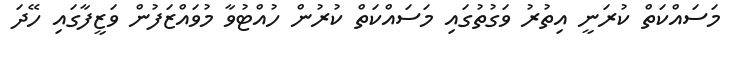
މަސައްކަތް ކުރަނީ އިތުރު ވަގުތުގައި މަސައްކަތް ކުރުން ހުއްޓުވާ މުވައްޒަފުން ވަޒީފާގައި ހޭދަ